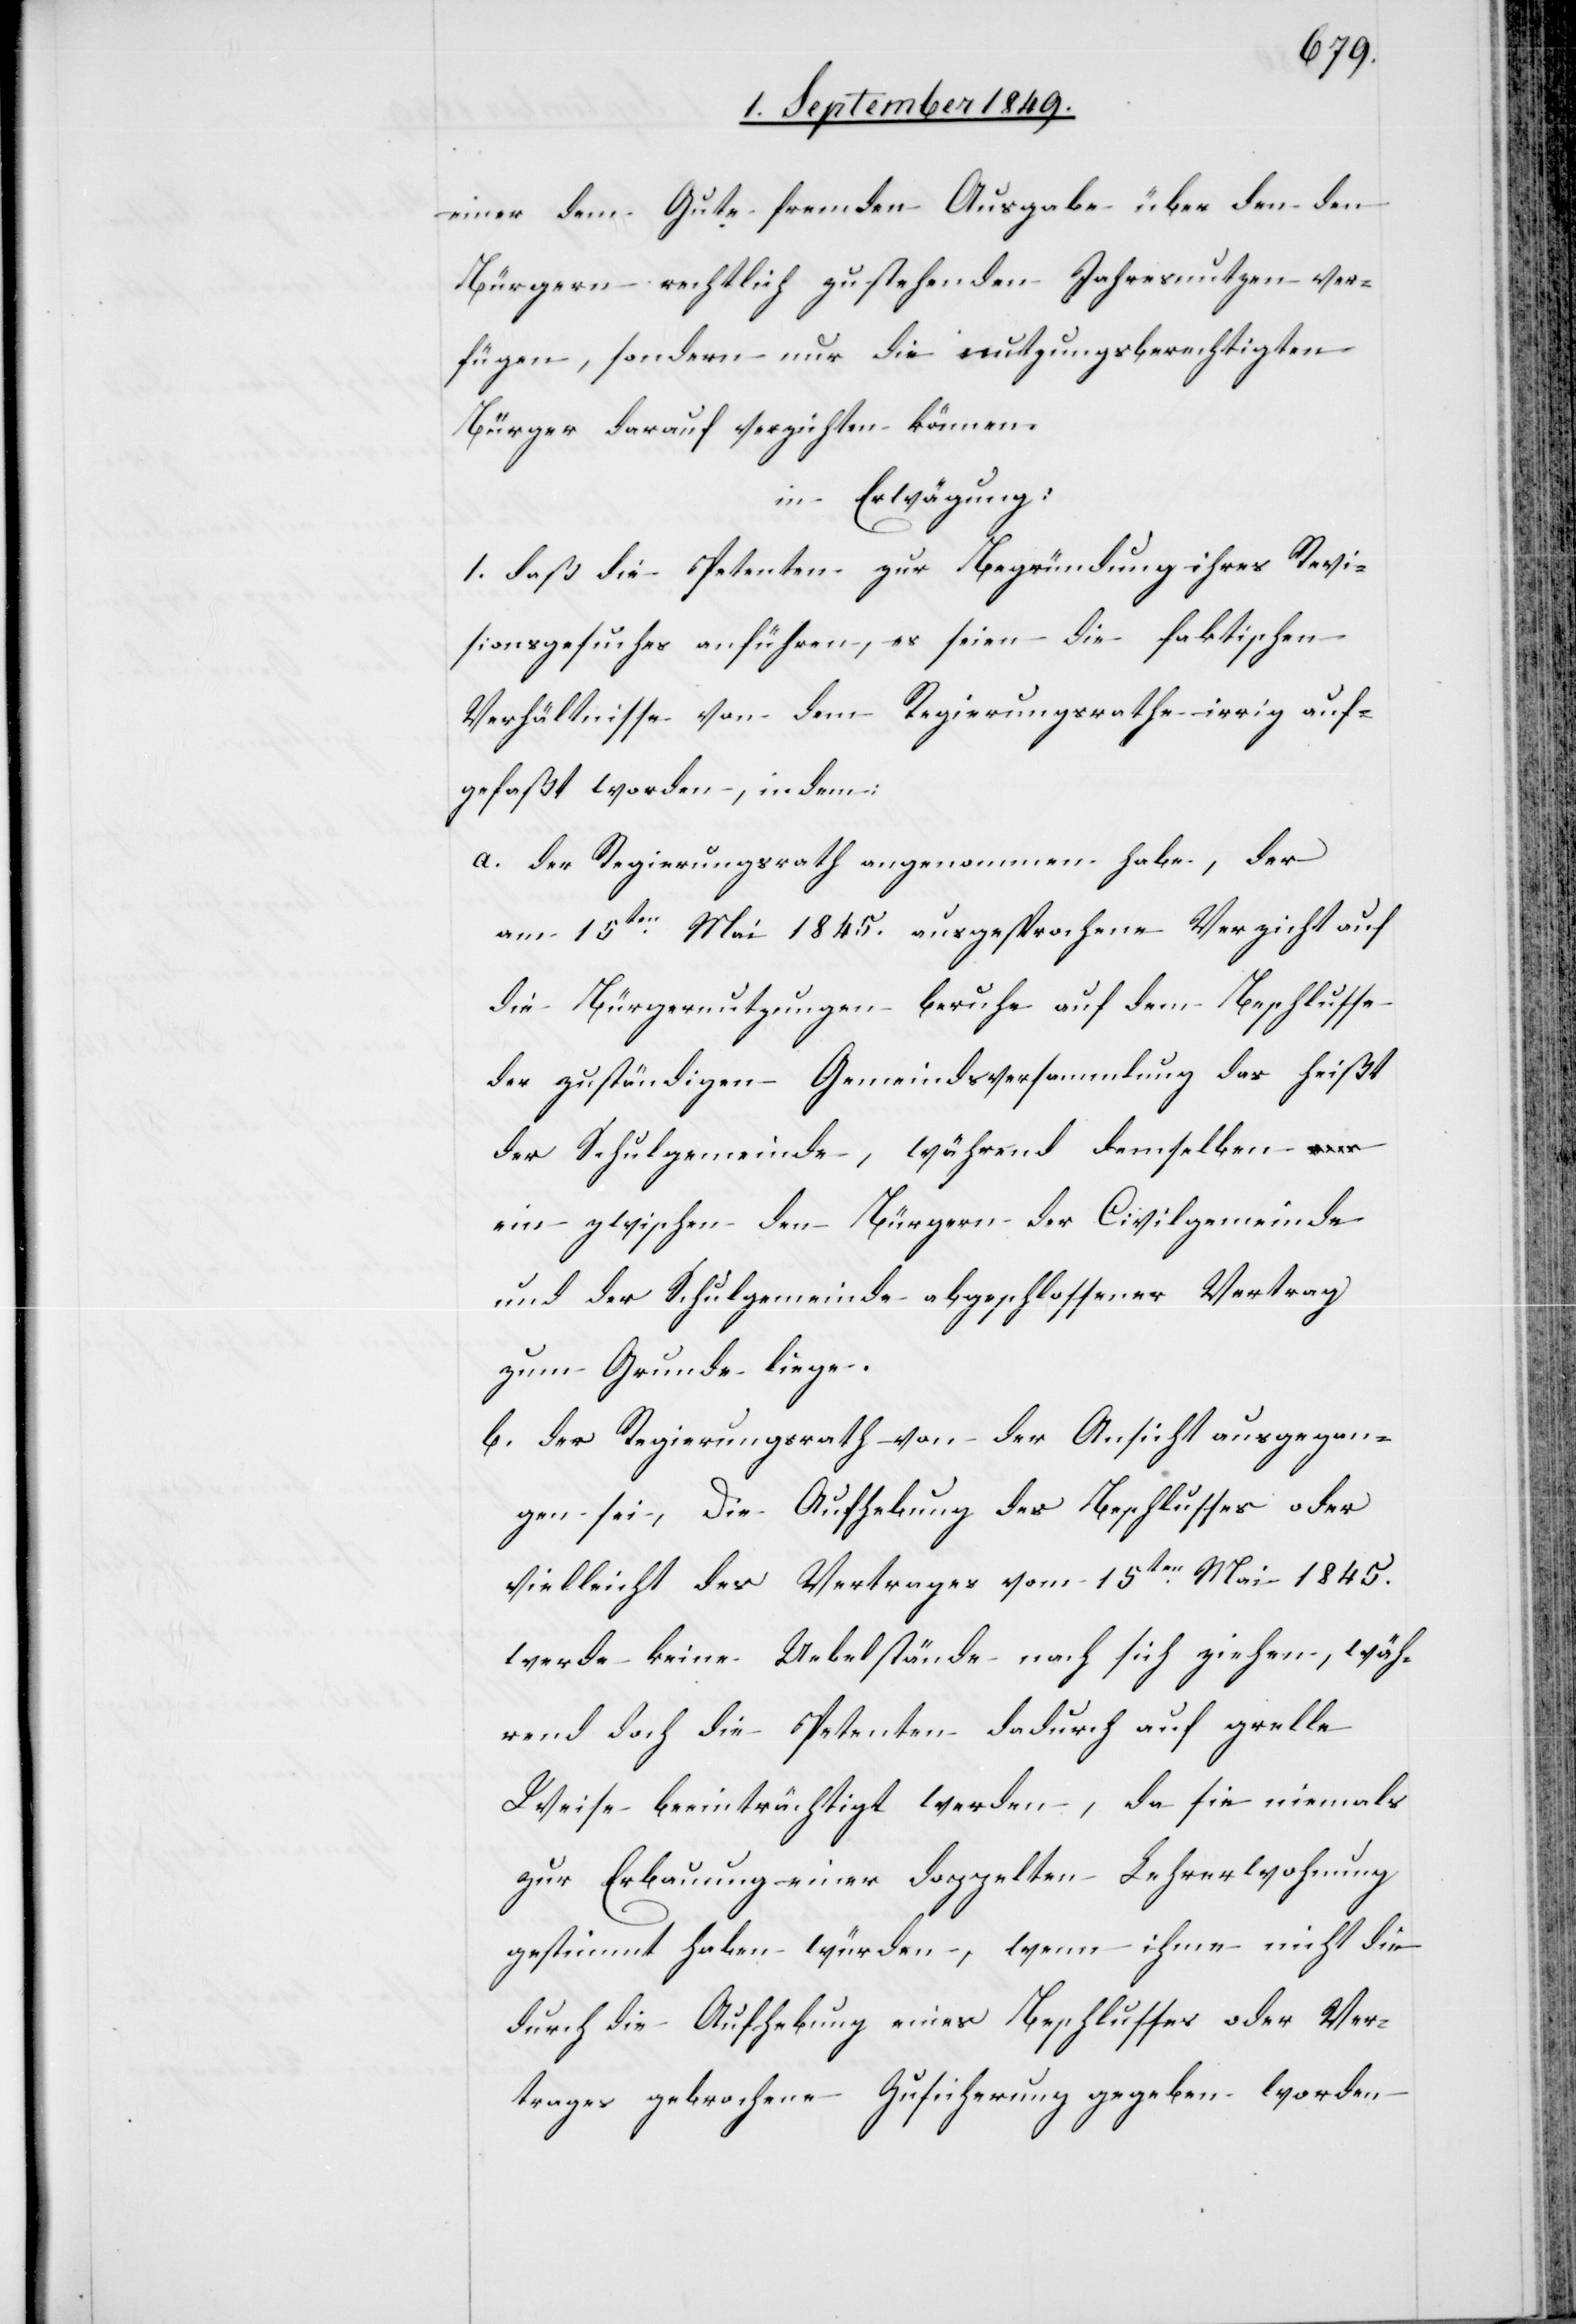
einer dem Gute fremden Ausgabe über den den
Bürgern rechtlich zustehenden Jahresnutzen ver¬
fügen, sondern nur die nutzungsberechtigten
Bürger darauf verzichten können.
in Erwägung:
1. daß die Petenten zur Begründung ihres Revi¬
sionsgesuches anführen, es seien die faktischen
Verhältnisse von dem Regierungsrathe irrig auf¬
gefaßt worden, indem:
a. der Regierungsrath angenommen habe, der
am 15ten Mai 1845. ausgesprochene Verzicht auf
die Bürgernutzungen beruhe auf dem Beschlusse
der zuständigen Gemeindsversammlung das heißt
der Schulgemeinde, während demselben
ein zwischen den Bürgern der Civilgemeinde
und der Schulgemeinde abgeschlossener Vertrag
zum Grunde liege.
b. der Regierungsrath von der Ansicht ausgegan¬
gen sei, die Aufhebung des Beschlusses oder
vielleicht des Vertrages vom 15ten Mai 1845.
werde keine Uebelstände nach sich ziehen, wäh¬
rend doch die Petenten dadurch auf grelle
Weise beeinträchtigt werden, da sie niemals
zur Erbauung einer doppelten Lehrerwohnung
gestimmt haben würden, wenn ihnen nicht die
durch die Aufhebung eines Beschlusses oder Ver¬
trages gebrochene Zusicherung gegeben worden